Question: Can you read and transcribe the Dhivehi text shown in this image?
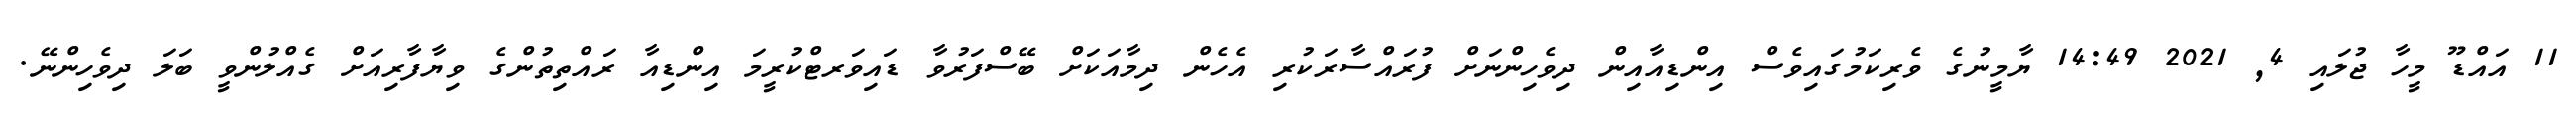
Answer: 11 އައްޑޫ މީހާ ޖުލައި 4, 2021 14:49 ޔާމީނުގެ ވެރިކަމުގައިވެސް އިންޑިއާއިން ދިވެހިންނަށް ފުރައްސާރަކުރި އެހެން ދިމާއަކަށް ބޭސްފަރުވާ ޑައިވަރޓްކުރީމަ އިންޑިއާ ރައްތިތުންގެ ވިޔާފާރިއަށް ގެއްލުންވީ ބަލަ ދިވެހިންނޭ.